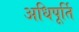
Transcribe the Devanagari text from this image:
अधिपूर्ति